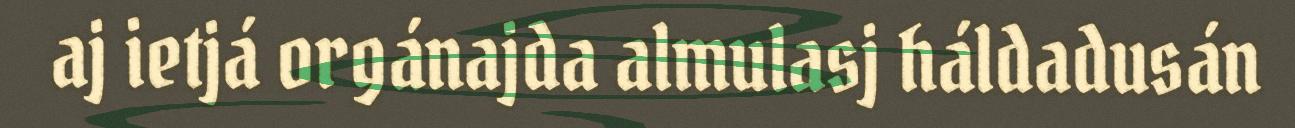
aj ietjá orgánajda almulasj háldadusán